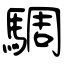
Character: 騆